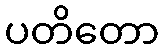
ပတိတော